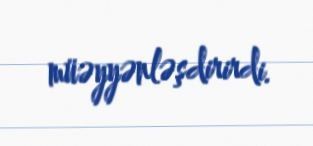
müəyyənləşdirirdi.